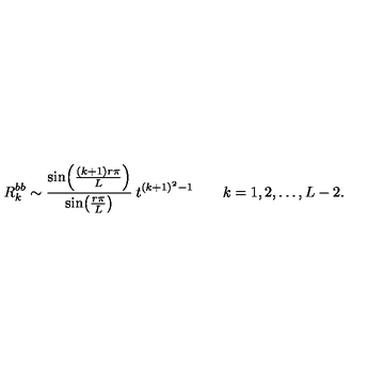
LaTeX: R _ { k } ^ { b b } \sim \frac { \sin \! \left( \frac { ( k + 1 ) r \pi } { L } \right) } { \sin \! \left( \frac { r \pi } { L } \right) } \: t ^ { ( k + 1 ) ^ { 2 } - 1 } \qquad k = 1 , 2 , \ldots , L - 2 .